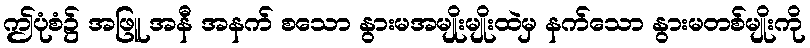
ဤပုံစံ၌ အဖြူ အနီ အနက် စသော နွားမအမျိုးမျိုးထဲမှ နက်သော နွားမတစ်မျိုးကို